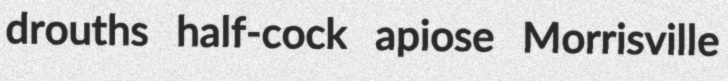
drouths half-cock apiose Morrisville